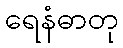
ရေနံဓာတု